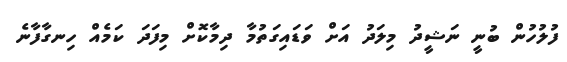
ފުލުހުން ބުނީ ނަޝީދު މިލަދު އަށް ވަޑައިގަތުމާ ދިމާކޮށް މިފަދަ ކަމެއް ހިނގާފާނެ